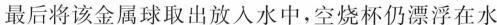
最后将该金属球取出放入水中，空烧杯仍漂浮在水